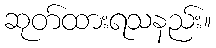
ဆုတ်ထားရသနည်း။